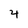
Character: 4